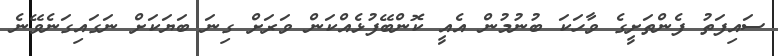
ސައިފަތު ފެންތަށީގެ ވާހަކަ ބުނުމުން އެއީ ކޮންބޭފުޅެއްކަން ވަރަށް ގިނަ ބަޔަކަށް ނަގައިގަނެވޭނެ